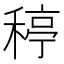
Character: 𥠣